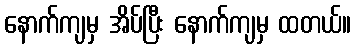
နောက်ကျမှ အိပ်ပြီး နောက်ကျမှ ထတယ်။